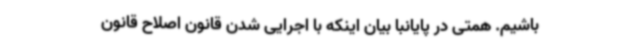
باشیم. همتی در پایانبا بیان اینکه با اجرایی شدن قانون اصلاح قانون